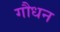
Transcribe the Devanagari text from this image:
गौधन